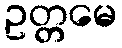
ဥတ္တမေ